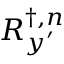
\boldsymbol { R } _ { \boldsymbol { y ^ { \prime } } } ^ { \dagger , n }